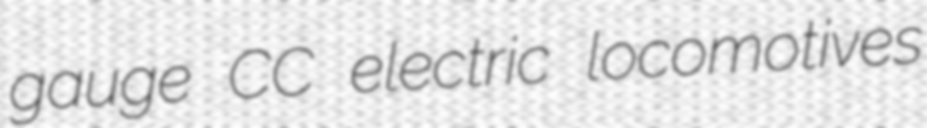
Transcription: gauge C′C′ electric locomotives